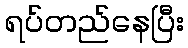
ရပ်တည်နေပြီး